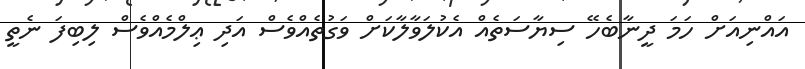
އައްނިއަށް ހަމަ ދީނާބެހޭ ސިޔާސަތެއް އެކުލަވާލާކަށް ވަގުތެއްވެސް އަދި ޢިލްމެއްވެސް ލިބިފަ ނެތީ